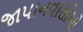
જાપાનવાસીઓ